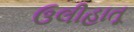
ઉલીહાતૂ